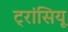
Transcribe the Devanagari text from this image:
ट्रांसियू